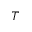
T